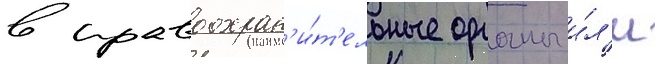
в правоохран'и́т'ельные органы и́л'и